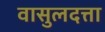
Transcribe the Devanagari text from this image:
वासुलदत्ता